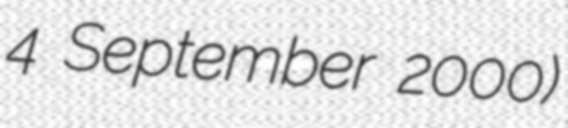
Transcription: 4 September 2000)